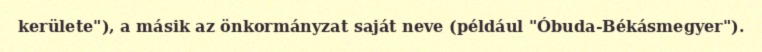
kerülete"), a másik az önkormányzat saját neve (például "Óbuda-Békásmegyer").